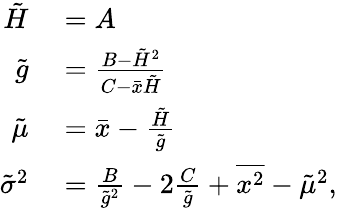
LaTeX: \begin{array}{rl}{\tilde{H}}&{{}=A}\\ {\tilde{g}}&{{}=\frac{B-\tilde{H}^{2}}{C-\bar{x}\tilde{H}}}\\ {\tilde{\mu}}&{{}=\bar{x}-\frac{\tilde{H}}{\tilde{g}}}\\ {\tilde{\sigma}^{2}}&{{}=\frac{B}{\tilde{g}^{2}}-2\frac{C}{\tilde{g}}+\overline{{x^{2}}}-\tilde{\mu}^{2},}\end{array}